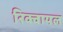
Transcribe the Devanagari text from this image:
रिक्वायल